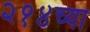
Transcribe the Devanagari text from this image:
२१४च्या